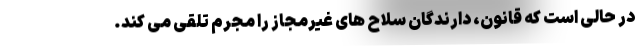
در حالی است که قانون، دارندگان سلاح های غیرمجاز را مجرم تلقی می کند.